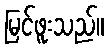
မြင်ဖူးသည်။